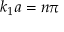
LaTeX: k _ { 1 } a = n \pi